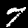
Digit: 7